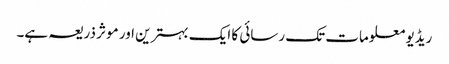
ریڈیو معلومات تک رسائی کا ایک بہترین اور موثر ذریعہ ہے۔